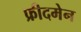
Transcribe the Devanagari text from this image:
फ्रीदमेन